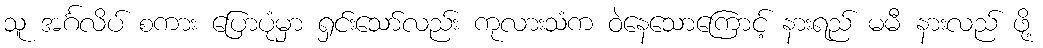
သူ အင်္ဂလိပ် စကား ပြောပုံမှာ ရှင်းသော်လည်း ကုလားသံက ဝဲနေသောကြောင့် နားရည် မမီ နားလည် ဖို့